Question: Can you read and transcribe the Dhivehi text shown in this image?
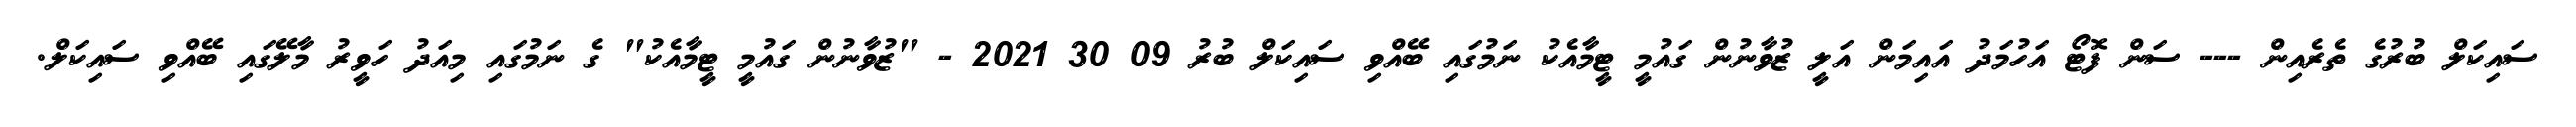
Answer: ސައިކަލް ބުރުގެ ތެރެއިން --- ސަން ފޮޓޯ އަހުމަދު އައިމަން އަލީ ޒުވާނުން ގައުމީ ޓީމާއެކު ނަމުގައި ބޭއްވި ސައިކަލް ބުރު 09 30 2021 - "ޒުވާނުން ގައުމީ ޓީމާއެކު" ގެ ނަމުގައި މިއަދު ހަވީރު މާލޭގައި ބޭއްވި ސައިކަލް.